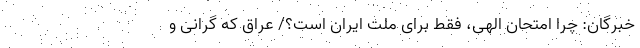
خبرگان: چرا امتحان الهی، فقط برای ملت ایران است؟/ عراق که گرانی و